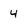
Character: 4